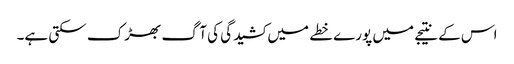
اس کے نتیجے میں پورے خطے میں کشیدگی کی آگ بھڑک سکتی ہے۔